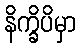
နိက္ခိပိမှာ